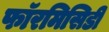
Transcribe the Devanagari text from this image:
फॉरमिसिडी